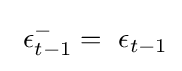
~\epsilon _{t-1}^{-}=~\epsilon _{t-1}